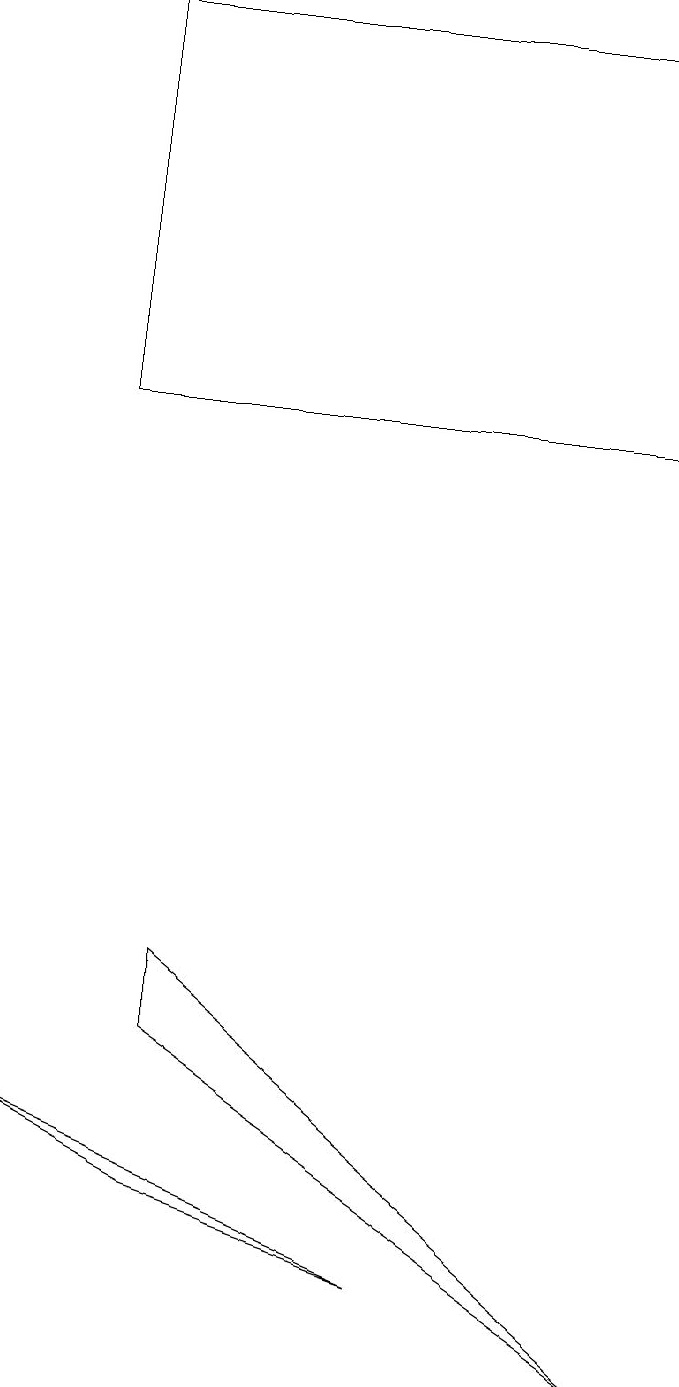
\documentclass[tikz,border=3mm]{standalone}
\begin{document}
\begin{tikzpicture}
\draw (2,4) -- (8,0) -- (2,5) -- cycle;
\draw (5,1) -- (0,3) -- (2,2) -- cycle;
\draw (8,17) rectangle (1,12);
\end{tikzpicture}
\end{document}